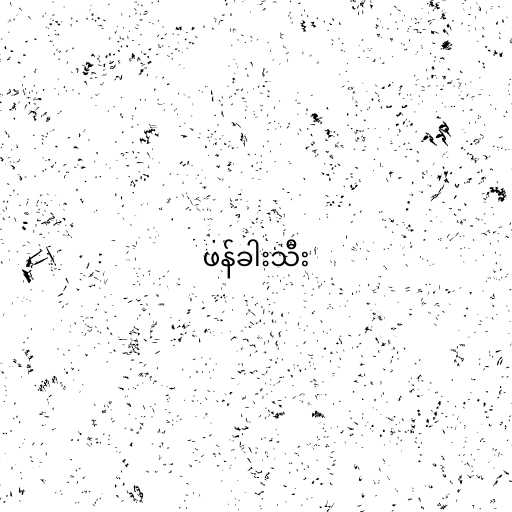
ဖန်ခါးသီး